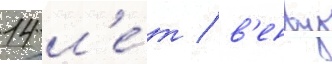
14 л'е́т / в'енву